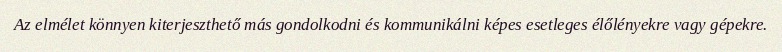
Az elmélet könnyen kiterjeszthető más gondolkodni és kommunikálni képes esetleges élőlényekre vagy gépekre.